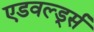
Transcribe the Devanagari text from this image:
एडवर्ल्ड्स